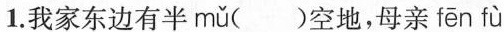
1.我家东边有半mǔ()空地，母亲 fēn fù